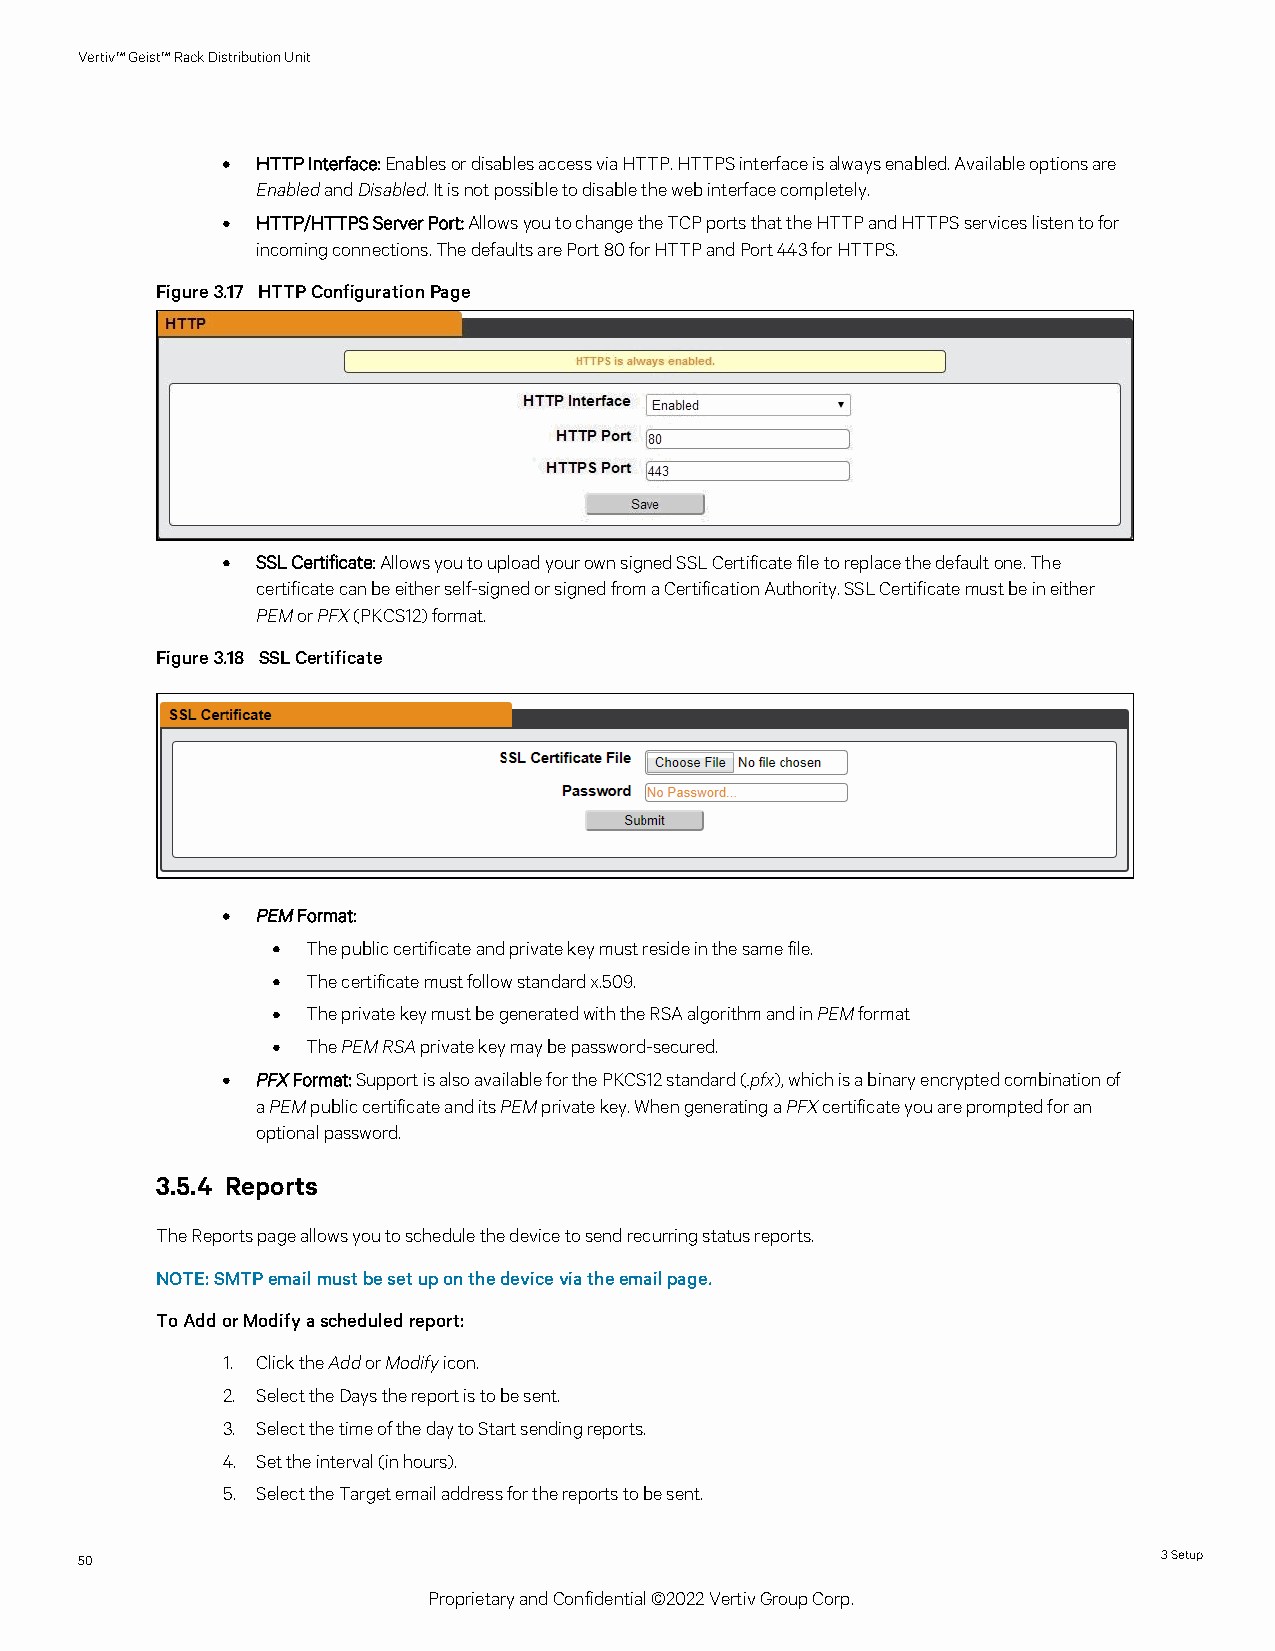
Vertiv™Geist™RackDistributionUnit
 • HTTPInterface:EnablesordisablesaccessviaHTTP.HTTPSinterfaceisalwaysenabled.Availableoptionsare
 EnabledandDisabled.Itisnotpossibletodisablethewebinterfacecompletely.
 • HTTP/HTTPSServerPort:AllowsyoutochangetheTCPportsthattheHTTPandHTTPSserviceslistentofor
 incomingconnections.ThedefaultsarePort80forHTTPandPort443forHTTPS.
 Figure3.17 HTTPConfigurationPage
 • SSLCertificate:AllowsyoutouploadyourownsignedSSLCertificatefiletoreplacethedefaultone.The
 certificatecanbeeitherself-signedorsignedfromaCertificationAuthority.SSLCertificatemustbeineither
 PEMorPFX(PKCS12)format.
 Figure3.18 SSLCertificate
 • PEMFormat:
 • Thepubliccertificateandprivatekeymustresideinthesamefile.
 • Thecertificatemustfollowstandardx.509.
 • TheprivatekeymustbegeneratedwiththeRSAalgorithmandinPEMformat
 • ThePEMRSAprivatekeymaybepassword-secured.
 • PFXFormat:SupportisalsoavailableforthePKCS12standard(.pfx),whichisabinaryencryptedcombinationof
 aPEMpubliccertificateanditsPEMprivatekey.WhengeneratingaPFXcertificateyouarepromptedforan
 optionalpassword.
 3.5.4 Reports
 TheReportspageallowsyoutoschedulethedevicetosendrecurringstatusreports.
 NOTE:SMTPemailmustbesetuponthedeviceviatheemailpage.
 ToAddorModifyascheduledreport:
 1. ClicktheAddorModifyicon.
 2. SelecttheDaysthereportistobesent.
 3. SelectthetimeofthedaytoStartsendingreports.
 4. Settheinterval(inhours).
 5. SelecttheTargetemailaddressforthereportstobesent.
 50                                                                      3Setup
 ProprietaryandConfidential©2022VertivGroupCorp.